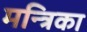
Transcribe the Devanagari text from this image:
मन्त्रिका